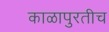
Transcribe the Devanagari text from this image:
काळापुरतीच